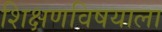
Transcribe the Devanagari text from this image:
शिक्षणविषयाला